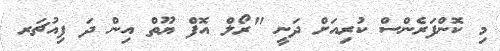
މި ކޮންފަރެންސް ކުރިއަށް ދަނީ "ރޯލް އޮފް ޔޫތް އިން ދަ ފިއުޗަރ